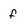
Character: f